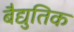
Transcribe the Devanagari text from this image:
बैद्युतिक